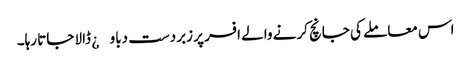
اس معاملے کی جانچ کرنے والے افسر پر زبردست دباو¿ ڈالا جاتا رہا۔